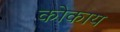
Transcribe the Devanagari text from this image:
कोकाय